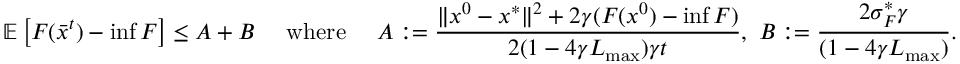
\mathbb { E } \left[ F ( \bar { x } ^ { t } ) - \operatorname* { i n f } F \right] \leq A + B \quad \mathrm { ~ w h e r e ~ } \quad A : = \frac { \Vert x ^ { 0 } - x ^ { * } \Vert ^ { 2 } + 2 \gamma ( F ( x ^ { 0 } ) - \operatorname* { i n f } F ) } { 2 ( 1 - 4 \gamma L _ { \operatorname* { m a x } } ) \gamma t } , \ B : = \frac { 2 \sigma _ { F } ^ { * } \gamma } { ( 1 - 4 \gamma L _ { \operatorname* { m a x } } ) } .